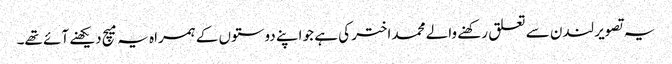
یہ تصویر لندن سے تعلق رکھنے والے محمد اختر کی ہے جو اپنے دوستوں کے ہمراہ یہ میچ دیکھنے آئے تھے۔